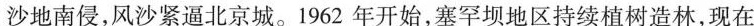
沙地南侵，风沙紧逼北京城。1962年开始，塞罕坝地区持续植树造林，现在